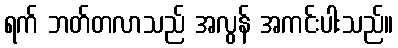
ရက် ဘတ်တလာသည် အလွန် အကင်းပါးသည်။